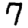
Digit: 7